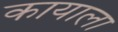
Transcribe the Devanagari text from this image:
कायाला